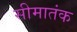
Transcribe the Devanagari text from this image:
सीमातंक